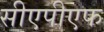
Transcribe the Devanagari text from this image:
सीएपीएफ